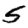
Digit: 5